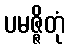
ပမဇ္ဇိတုံ